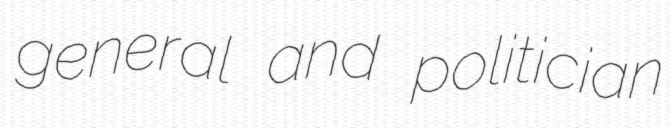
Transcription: general and politician